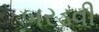
બરડવી